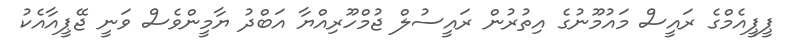
ޕީޕީއެމްގެ ރައީސް މައުމޫނުގެ އިތުރުން ރައީސުލް ޖުމްހޫރިއްޔާ އަބްދު ޔާމީންވެސް ވަނީ ޖޭޕީއާއެކު